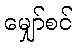
မျှော်စင်